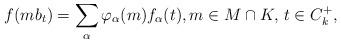
LaTeX: \begin{align*} f(mb_t) = \sum_\alpha \varphi_\alpha(m)f_\alpha(t), m\in M\cap K,\,t\in C_k^+,\end{align*}